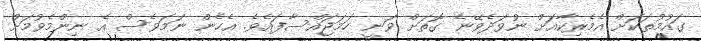
ގައުމުތަކަށް އެމެރިކާއަށް ނުވަދެވޭނެ ގޮތަށް ވަނީ ހަމަޖައްސާފައެވެ. އެހެން ނަމަވެސް އެ ނިންމެވުމަށް